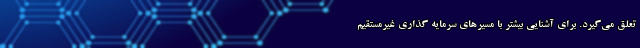
تعلق می‌گیرد. برای آشنایی بیشتر با مسیرهای سرمایه گذاری غیرمستقیم